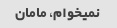
نمیخوام، مامان